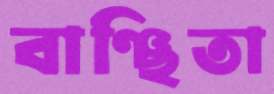
বাঞ্ছিতা